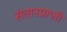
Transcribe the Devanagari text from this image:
संतानप्राप्ती